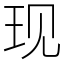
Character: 现